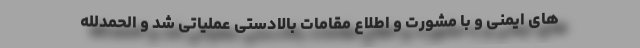
های ایمنی و با مشورت و اطلاعِ مقامات بالادستی عملیاتی شد و الحمدلله